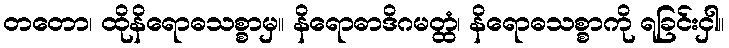
တတော၊ ထိုနိရောဓသစ္စာမှ။ နိရောဓာဒိဂမတ္ထံ၊ နိရောဓသစ္စာကို ရခြင်းငှါ။